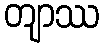
တျာဿ